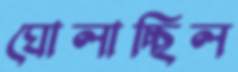
ঘোলাচ্ছিল